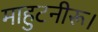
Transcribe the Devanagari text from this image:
माहुटनीरू।